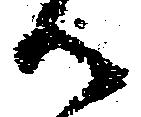
御